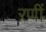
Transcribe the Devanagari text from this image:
रणीं